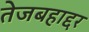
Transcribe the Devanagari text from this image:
तेजबहाद्दर